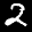
Label: 2